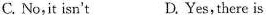
C. No,it isn't D.Yes,there is